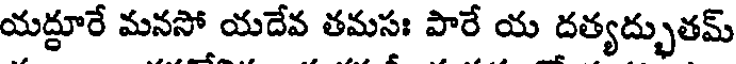
యద్దూరే మనసో యదేవ తమసః పారే య దత్యద్భుతమ్